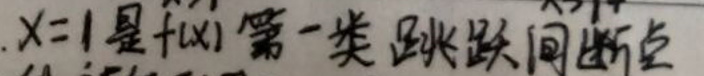
$x = 1$是$f(x)$第一类跳跃间断点